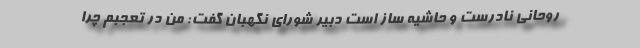
روحانی نادرست و حاشیه ساز است دبیر شورای نگهبان گفت: من در تعجبم چرا